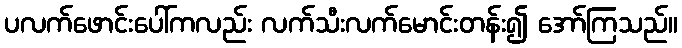
ပလက်ဖောင်းပေါ်ကလည်း လက်သီးလက်မောင်းတန်း၍ အော်ကြသည်။